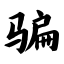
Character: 骗